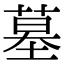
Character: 墓